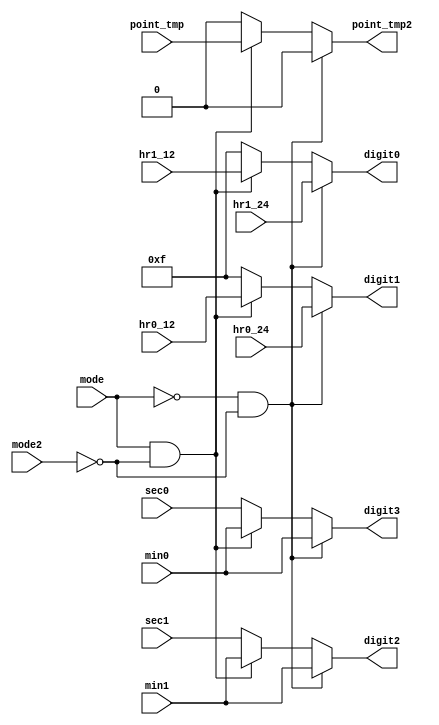
`timescale 1ns / 1ps
//////////////////////////////////////////////////////////////////////////////////
// Company: 
// Engineer: 
// 
// Design Name: 
// Module Name: MUX
// Project Name: 
// Target Devices: 
// Tool Versions: 
// Description: 
// 
// Dependencies: 
// 
// Revision:
// Revision 0.01 - File Created
// Additional Comments:
// 
//////////////////////////////////////////////////////////////////////////////////

module MUX(
    mode,
    mode2,
    point_tmp,
    point_tmp2,
    digit3,
    digit2,
    digit1,
    digit0,
    sec0,
    sec1,
    min0,
    min1,
    hr0_24,
    hr1_24,
    hr0_12,
    hr1_12
);
output point_tmp2;
output [3:0] digit3, digit2, digit1, digit0;
input [3:0] hr0_24, hr1_24, hr0_12, hr1_12;
input [3:0] sec0, sec1, min0, min1;
input mode, mode2, point_tmp;
reg point_tmp2;
reg [3:0] digit3, digit2, digit1, digit0;

always @*
    if ((!mode) && (!mode2))  //24hour and minute/hour
    begin 
        digit0 = hr1_24;
        digit1 = hr0_24;
        digit2 = min1;
        digit3 = min0;
        point_tmp2 = 1'b0;
    end
    else if ((mode) && (!mode2))    //12hour and minute/hour
    begin
        digit0 = hr1_12;
        digit1 = hr0_12;
        digit2 = min1;
        digit3 = min0;
        point_tmp2 = point_tmp;
    end
    else    //only second
    begin
        digit0 = 4'b1111;
        digit1 = 4'b1111;
        digit2 = sec1;
        digit3 = sec0;
        point_tmp2 = 1'b0;
    end

endmodule